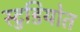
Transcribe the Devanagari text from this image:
स्टुडियोत